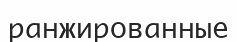
ранжированные